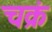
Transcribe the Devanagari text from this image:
चक्रं